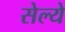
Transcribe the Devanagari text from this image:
सेल्ये